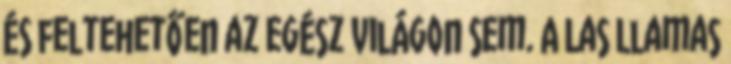
és feltehetően az egész világon sem. A Las Llamas